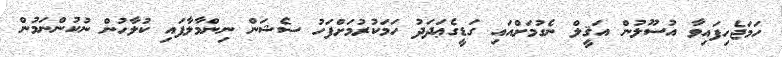
ހަމަޖެހިފައިވާ އުސޫލުން އަޤީލް ނެގުމަށްއައި ގަޑީގެޢަދަދު ހަމަކުރުމަށްފަހު ސެޝަން ނިންމާލާފައި ކުލާހުން ނުކުންނަމުން